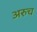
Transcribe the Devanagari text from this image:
अरुच